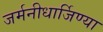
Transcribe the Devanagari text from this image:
जर्मनीधार्जिण्या